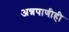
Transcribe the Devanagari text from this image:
अन्नपाणीही